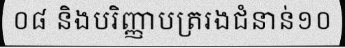
០៨ និងបរិញ្ញាបត្ររងជំនាន់១០